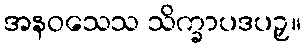
အနဝသေသ သိက္ခာပဒပဉှ။